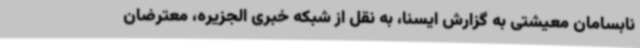
نابسامان معیشتی به گزارش ایسنا، به نقل از شبکه خبری الجزیره، معترضان